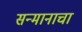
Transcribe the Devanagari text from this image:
सन्मानाचा